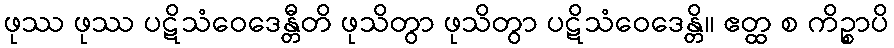
ဖုဿ ဖုဿ ပဋိသံဝေဒေန္တီတိ ဖုသိတွာ ဖုသိတွာ ပဋိသံဝေဒေန္တိ။ ဧတ္ထ စ ကိဉ္စာပိ